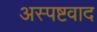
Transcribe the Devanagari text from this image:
अस्पष्टवाद